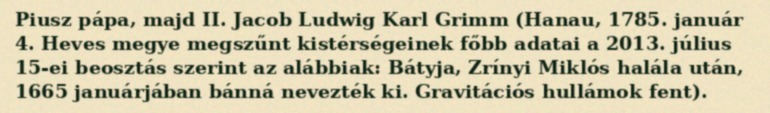
Piusz pápa, majd II. Jacob Ludwig Karl Grimm (Hanau, 1785. január 4. Heves megye megszűnt kistérségeinek főbb adatai a 2013. július 15-ei beosztás szerint az alábbiak: Bátyja, Zrínyi Miklós halála után, 1665 januárjában bánná nevezték ki. Gravitációs hullámok fent).